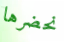
نحضرها